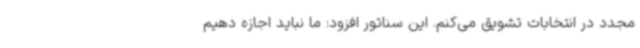
مجدد در انتخابات تشویق می‌کنم. این سناتور افزود: ما نباید اجازه دهیم